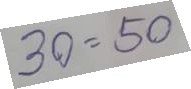
30 = 50